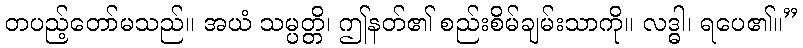
တပည့်တော်မသည်။ အယံ သမ္ပတ္တိ၊ ဤနတ်၏ စည်းစိမ်ချမ်းသာကို။ လဒ္ဓါ၊ ရပေ၏။”